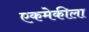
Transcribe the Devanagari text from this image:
एकमेकीला